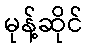
မုန့်ဆိုင်